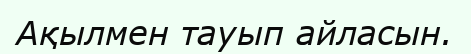
Ақылмен тауып айласын.